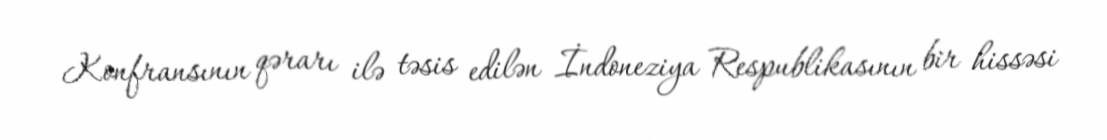
Konfransının qərarı ilə təsis edilən İndoneziya Respublikasının bir hissəsi